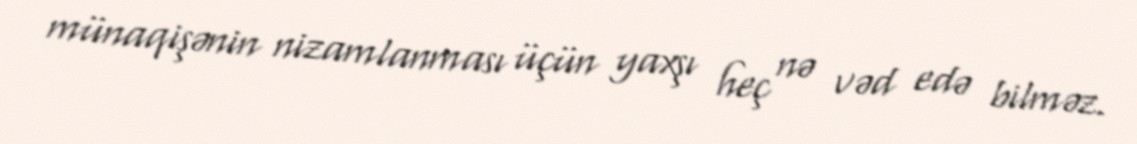
münaqişənin nizamlanması üçün yaxşı heç nə vəd edə bilməz.